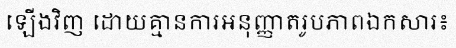
ឡើងវិញ ដោយគ្មានការអនុញ្ញាតរូបភាពឯកសារ៖